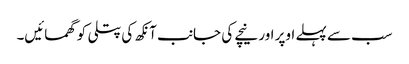
سب سے پہلے اوپر اور نیچے کی جانب آنکھ کی پتلی کو گھمائیں۔